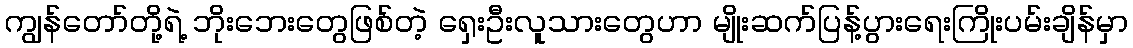
ကျွန်တော်တို့ရဲ့ ဘိုးဘေးတွေဖြစ်တဲ့ ရှေးဦးလူသားတွေဟာ မျိုးဆက်ပြန့်ပွားရေးကြိုးပမ်းချိန်မှာ